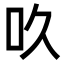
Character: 𠮻